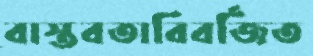
বাস্তবতাবিবর্জিত